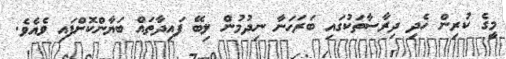
މީގެ ކުރިން ހެދި ދިރާސާތަކުގައި ބަރަހަނާ ނިދުމުން ލިބޭ ފައިދާތައް ބަޔާންކޮށްފައި ވެއެވެ.